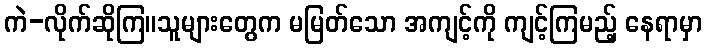
ကဲ-လိုက်ဆိုကြ။သူများတွေက မမြတ်သော အကျင့်ကို ကျင့်ကြမည့် နေရာမှာ